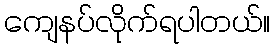
ကျေနပ်လိုက်ရပါတယ်။